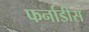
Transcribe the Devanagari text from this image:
फर्नाडीस